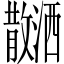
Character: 𪯝